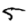
Digit: 5